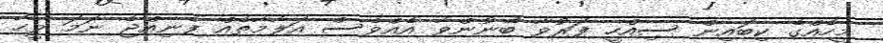
މީހެއްގެ ކިބައިން ސިއްހީ ފަރުވާ ބޭނުންވާ އެއްވެސް އަލާމާތެއް ފެނިއްޖެ ނަމަ ވީހާ